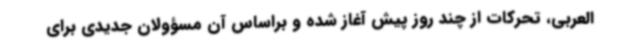
العربی، تحرکات از چند روز پیش آغاز شده و براساس آن مسؤولان جدیدی برای